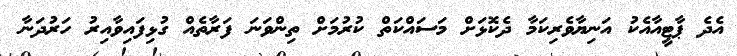
އެދެ ޕާޓީއާއެކު އަނިޔާވެރިކަމާ ދެކޮޅަށް މަސައްކަތް ކުރުމަށް ތިންވަނަ ފަރާތެއް ގުޅިފައިވާއިރު ހަރުދަނާ